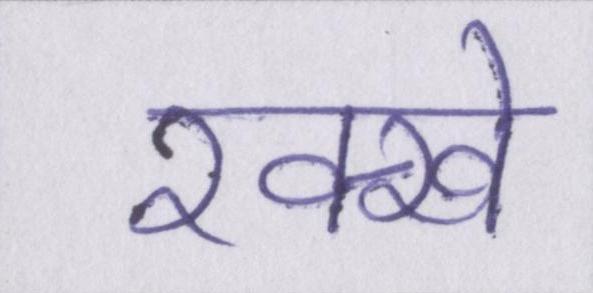
रक्खे